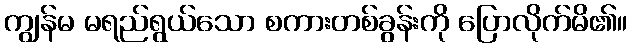
ကျွန်မ မရည်ရွယ်သော စကားတစ်ခွန်းကို ပြောလိုက်မိ၏။